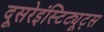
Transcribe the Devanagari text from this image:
दूसरेइंस्टिट्यूट्स